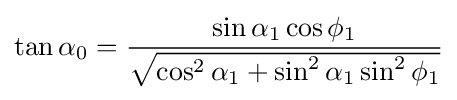
\tan \alpha _{0}={\frac {\sin \alpha _{1}\cos \phi _{1}}{\sqrt {\cos ^{2}\alpha _{1}+\sin ^{2}\alpha _{1}\sin ^{2}\phi _{1}}}}